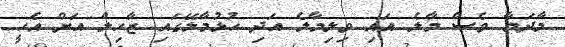
މާދަމާ ވެސް މާލެ އައި ވިލިމާލެ އަދި ހުޅުމާލޭގައި ޒާހިލް އަށް އެހީ